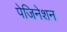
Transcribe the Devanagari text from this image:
पेजिनेशन